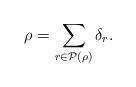
LaTeX: \begin{align*} \rho = \sum_{r \in \mathcal{P}(\rho)} \delta_r.\end{align*}